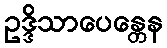
ဥဒ္ဒိသာပေန္တေန